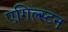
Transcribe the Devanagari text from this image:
एगिल्स्टन